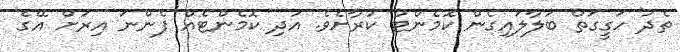
ތެދު ހަގީގަތް ބަލާލައިގެން ކޮމެންޓް ކުރާށެވެ. އަދި ކޮމެންޓެއް ފެންނަ އިރަށް އޭގެ